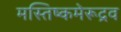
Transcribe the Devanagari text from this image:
मस्तिष्कमेरूद्रव